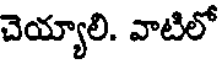
చెయ్యాలి. వాటిలో